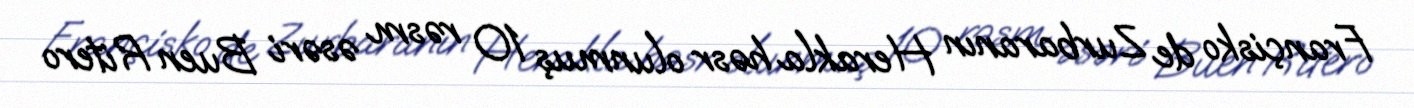
Françisko de Zurbaranın Herakla həsr olunmuş 10 rəsm əsəri Buen Ritero